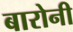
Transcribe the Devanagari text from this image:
बारोनी